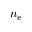
n _ { e }